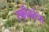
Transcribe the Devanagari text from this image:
स्फीततेचा